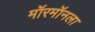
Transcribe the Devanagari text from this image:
मॉरमॉनला